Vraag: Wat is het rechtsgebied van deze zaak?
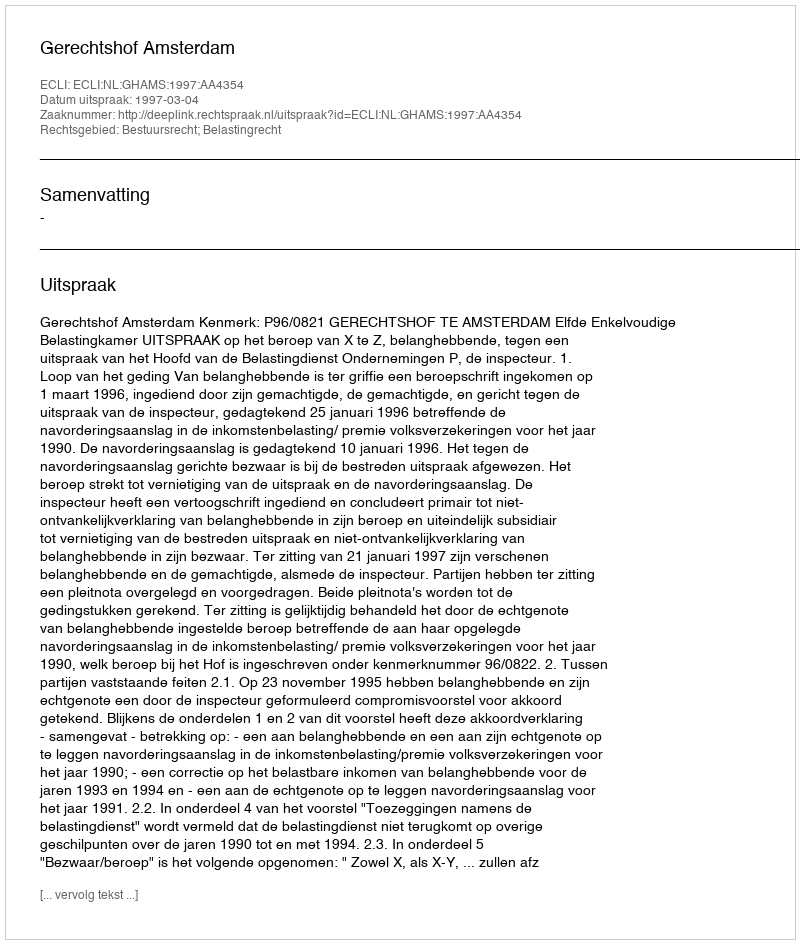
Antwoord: Bestuursrecht; Belastingrecht